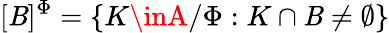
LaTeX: [\mathit{B}]^{\Phi}=\{ K\inA/\Phi:K\cap\mathit{B}\neq\emptyset\}